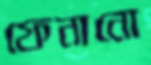
ফেনানো